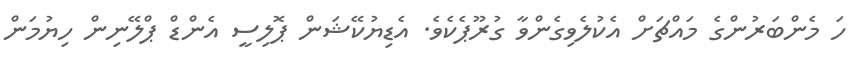
ހަ މެންބަރުންގެ މައްޗަށް އެކުލެވިގެންވާ ގުރޫޕެކެވެ. އެޑިޔުކޭޝަން ޕޮލިސީ އެންޑް ޕްލޭނިން ހިޔުމަން